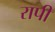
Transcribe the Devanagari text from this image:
रापी